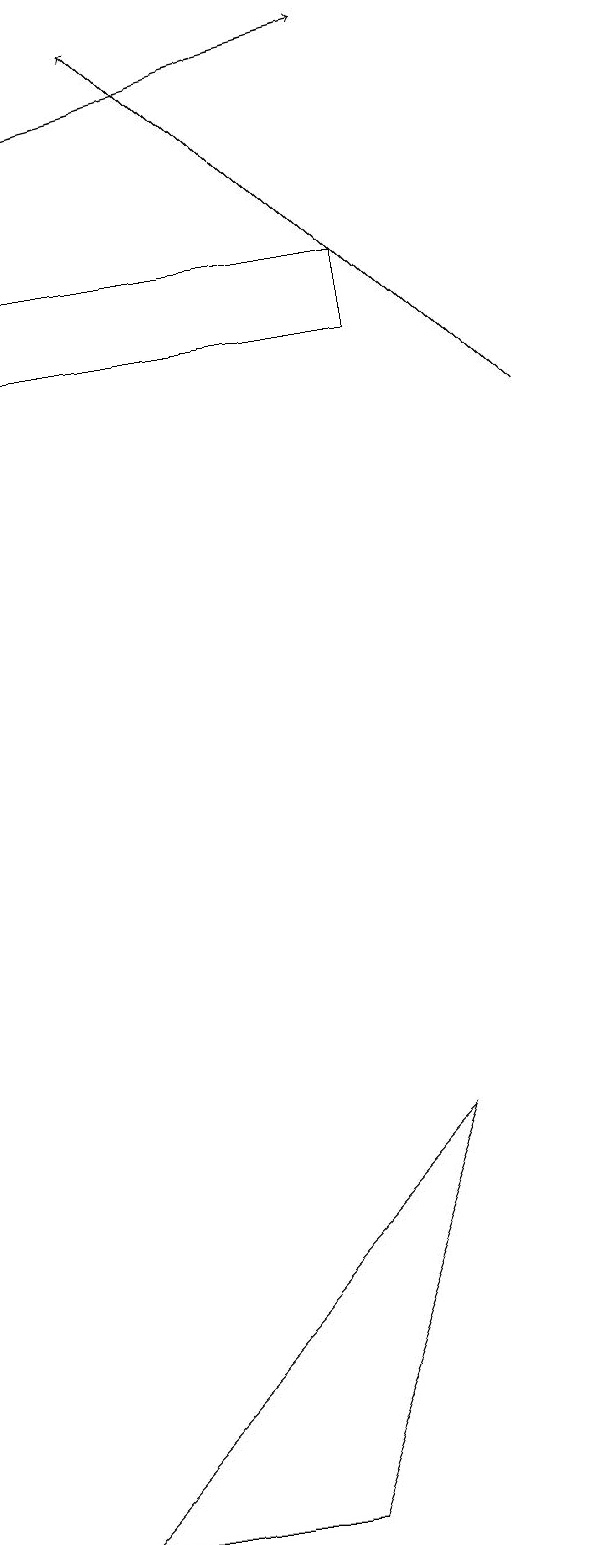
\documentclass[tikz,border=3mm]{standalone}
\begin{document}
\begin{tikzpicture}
\draw (6,15) rectangle (1,16);
\draw[->] (8,14) -- (3,19);
\draw[->] (2,18) -- (6,19);
\draw (1,0) -- (4,0) -- (6,5) -- cycle;
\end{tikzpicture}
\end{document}